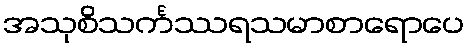
အသုစိသင်္ကဿရသမာစာရောပေ